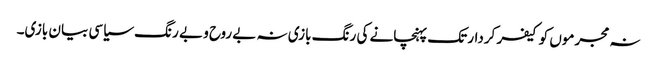
نہ مجرموں کو کیفر کردار تک پہنچانے کی رنگ بازی نہ بے روح و بے رنگ سیاسی بیان بازی۔